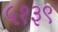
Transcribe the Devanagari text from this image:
५१३९